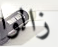
زالوا